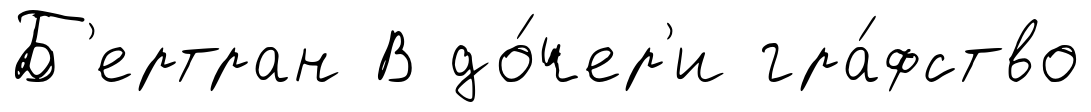
Б'ертран В до́чер'и гра́фство